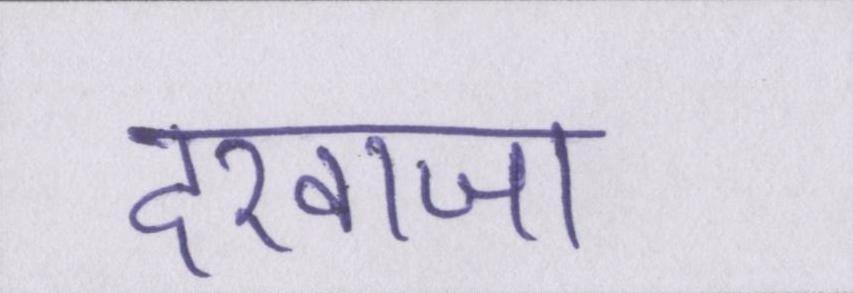
दरवाजा